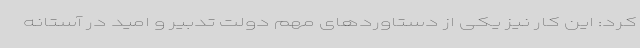
کرد: این کار نیز یکی از دستاوردهای مهم دولت تدبیر و امید در آستانه